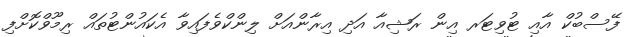
ފޭސްބުކް އާއި ޓުވިޓަރ އިން ރަޝިއާ އަދި އިރާންއަށް ލިންކްވެފައިވާ އެކައުންޓުތައް ރިމޫވްކޮށްފި